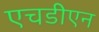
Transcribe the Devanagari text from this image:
एचडीएन